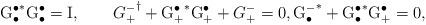
LaTeX: \begin{align*} {\mathrm{G}_{\bullet}^{\bullet}}^{\ast}\mathrm{G}_{\bullet}^{\bullet}=\mathrm{I},\qquad{{G}_{+}^{-}}^{\dag}+{\mathrm{G}_{+}^{\bullet}}^{\ast}\mathrm{G}_{+}^{\bullet}+{G}_{+}^{-}=0,{\mathrm{G}_{\bullet}^{-}}^{\ast}+{\mathrm{G}_{\bullet}^{\bullet}}^{\ast}\mathrm{G}_{+}^{\bullet}=0,\end{align*}